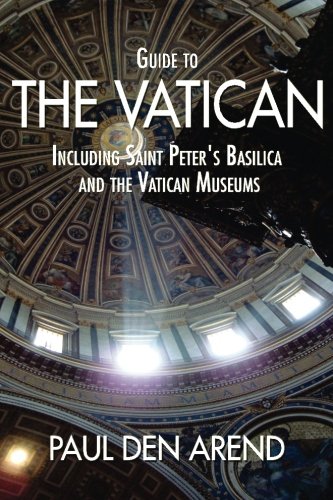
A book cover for Guide to the Vatican: Including Saint Peter's Basilica and the Vatican Museums; Paul den Arend; Travel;